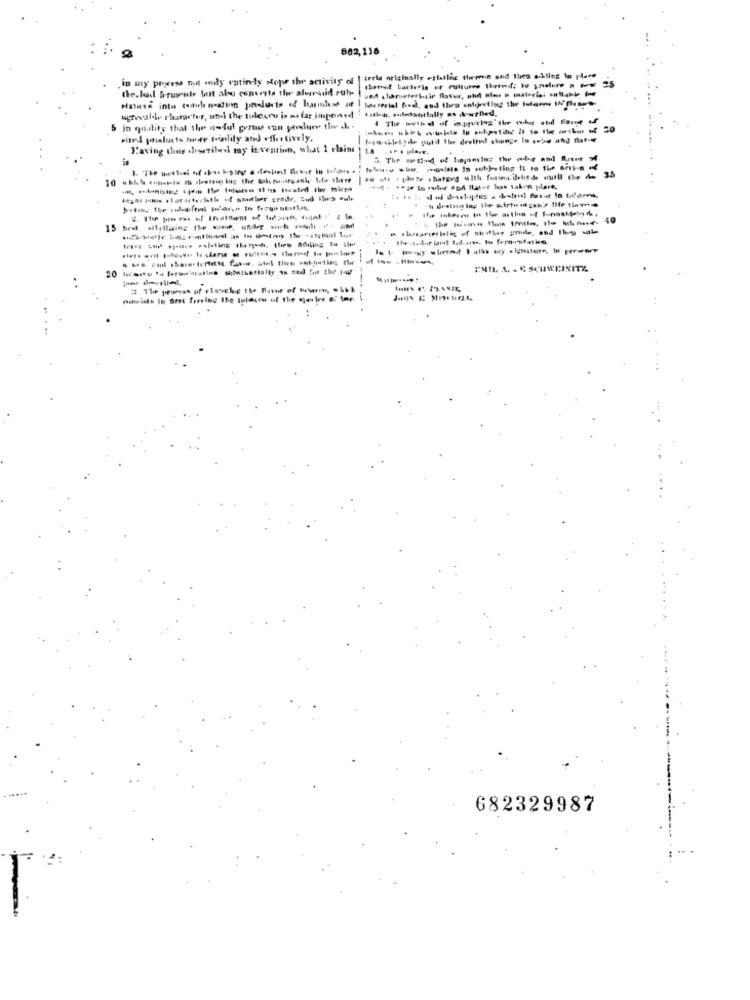
882,118
in my prowess not only entirely stops the activity of
trela originally -slatlic themen and then acklins in place
the.lod h-rients bolt abu converts the alegrauid sub-
and .troetetkile flower, ohet alon a material -ultabb
Hatwei into (schle nation prislusts of harmless off | tosterial food, and theg antojecting the Motores offers
urhallo character, atil the suleuro is so far imponed
5 in quality that the a-ful gorms sun porelury the .h .
Fixed prislusts torede toadily ated effectively.
Having thas diostilash may invention, what I claim
1.8
--
ENIL. A. - & SCUWEINITZ
682329987